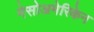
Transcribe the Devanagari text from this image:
मेसोअमेरिकेन